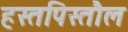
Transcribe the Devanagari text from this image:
हस्तपिस्तौल